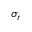
\sigma _ { r }